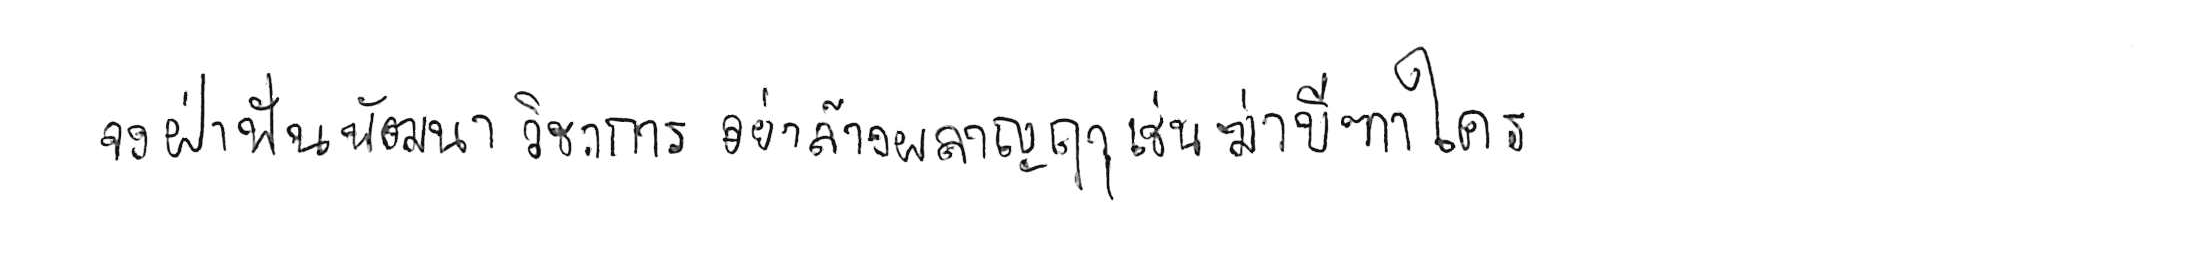
จงฝ่าฟันพัฒนาวิชาการ อย่าล้างผลาญฤๅเข่นฆ่าบีฑาใคร